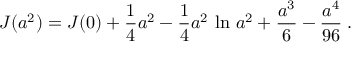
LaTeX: J ( a ^ { 2 } ) = J ( 0 ) + { \frac { 1 } { 4 } } a ^ { 2 } - { \frac { 1 } { 4 } } a ^ { 2 } \, \ln \, a ^ { 2 } + { \frac { a ^ { 3 } } { 6 } } - { \frac { a ^ { 4 } } { 9 6 } } \; .